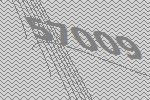
57009